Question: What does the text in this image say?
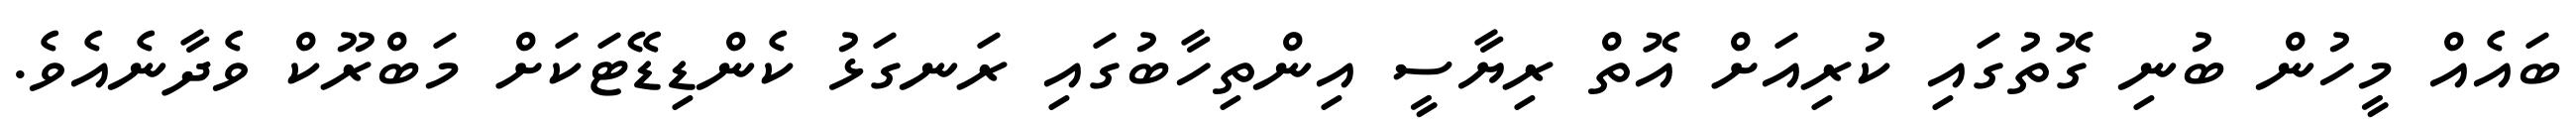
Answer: ބައެއް މީހުން ބުނި ގޮތުގައި ކުރިއަށް އޮތް ރިޔާސީ އިންތިހާބުގައި ރަނގަޅު ކެންޑިޑޭޓަކަށް މަބްރޫކް ވެދާނެއެވެ.